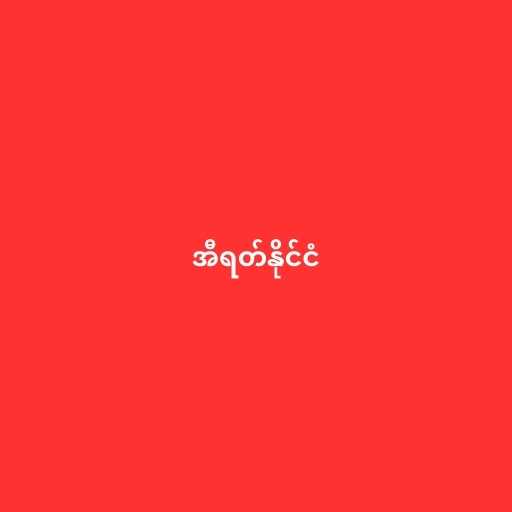
အီရတ်နိုင်ငံ